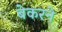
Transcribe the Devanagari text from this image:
बेकरने